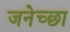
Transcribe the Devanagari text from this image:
जनेच्छा